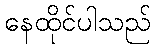
နေထိုင်ပါသည်